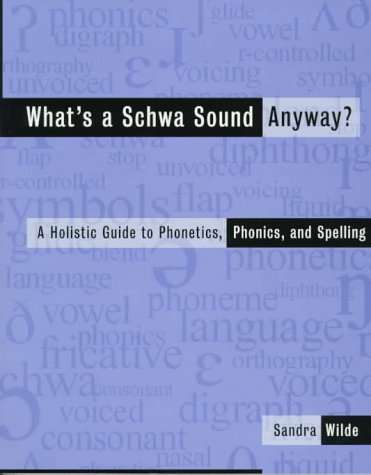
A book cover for What's a Schwa Sound Anyway? A Holistic Guide to Phonetics, Phonics, and Spelling; Sandra Wilde; Reference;